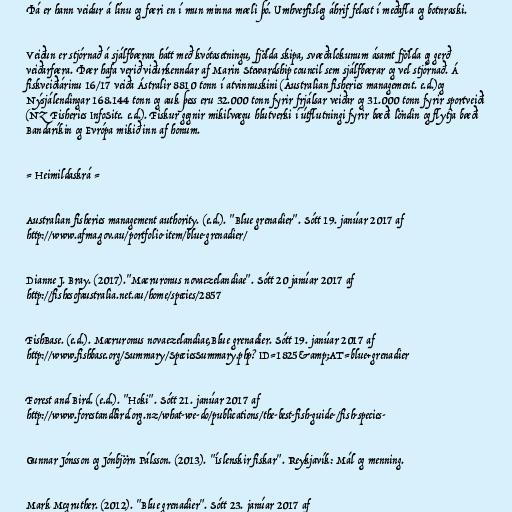
Þá er hann veidur á línu og færi en í mun minna mæli þó. Umhverfisleg áhrif felast í meðafla og botnraski.

Veiðun er stjórnað á sjálfbæran hátt með kvótasetningu, fjölda skipa, svæðalokunum ásamt fjölda og gerð
veiðarfæra. Þær hafa verið viðurkenndar af Marin Stewardship council sem sjálfbærar og vel stjórnað. Á
fiskveiðiárinu 16/17 veiða Ástralir 8810 tonn í atvinnuskini (Australian fisheries management. e.d.)og
Nýsjálendingar 168.144 tonn og auk þess eru 32.000 tonn fyrir frjálsar veiðar og 31.000 tonn fyrir sportveiði
(NZ Fisheries InfoSite. e.d.). Fiskur gegnir mikilvægu hlutverki í útflutningi fyrir bæði löndin og flytja bæði
Bandaríkin og Evrópa mikið inn af honum.

= Heimildaskrá =

Australian fisheries management authority. (e.d.). "Blue grenadier". Sótt 19. janúar 2017 af
http://www.afma.gov.au/portfolio-item/blue-grenadier/

Dianne J. Bray. (2017)."Macruronus novaezelandiae". Sótt 20 janúar 2017 af
http://fishesofaustralia.net.au/home/species/2857

FishBase. (e.d.). Macruronus novaezelandiae,Blue grenadier. Sótt 19. janúar 2017 af
http://www.fishbase.org/Summary/SpeciesSummary.php?ID=1825&amp;AT=blue+grenadier

Forest and Bird. (e.d.). "Hoki". Sótt 21. janúar 2017 af
http://www.forestandbird.org.nz/what-we-do/publications/the-best-fish-guide-/fish-species-

Gunnar Jónsson og Jónbjörn Pálsson. (2013). "Íslenskir fiskar". Reykjavík: Mál og menning.

Mark Mcgruther. (2012). "Blue grenadier". Sótt 23. janúar 2017 af